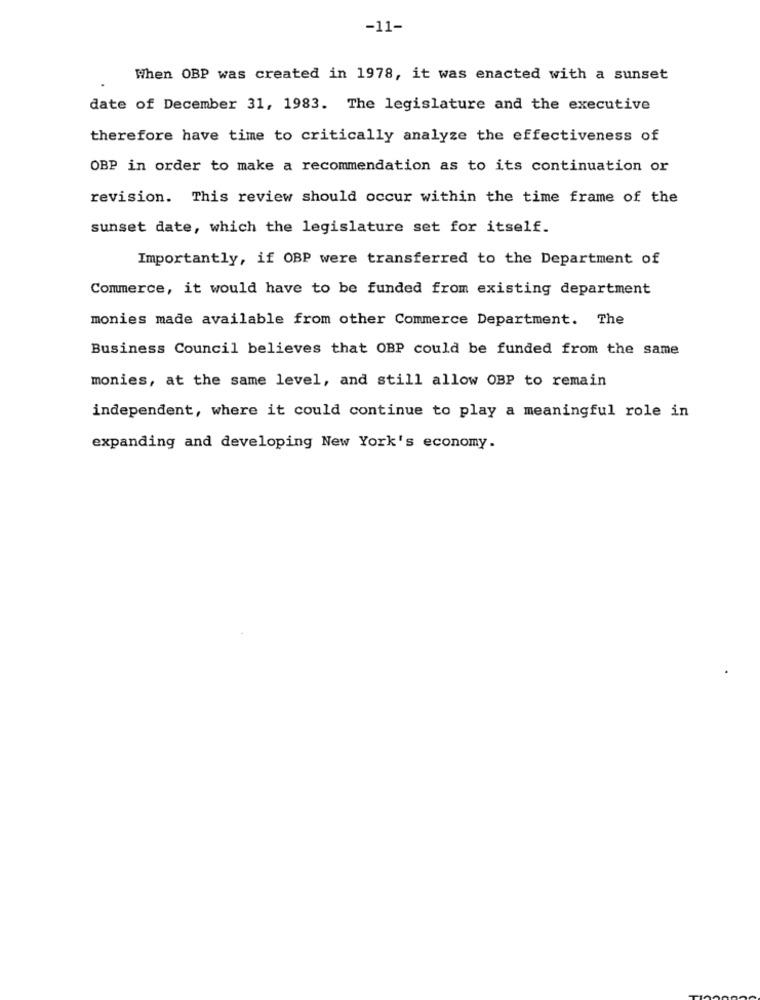
-11-
When OBP was created in 1978, it was enacted with a sunset
date of December 31, 1983. The legislature and the executive
therefore have time to critically analyze the effectiveness of
OBP in order to make a recommendation as to its continuation or
revision. This review should occur within the time frame of the
sunset date, which the legislature set for itself.
Importantly, if OBP were transferred to the Department of
Commerce, it would have to be funded from existing department
monies made available from other Commerce Department. The
Business Council believes that OBP could be funded from the same
monies, at the same level, and still allow OBP to remain
independent, where it could continue to play a meaningful role in
expanding and developing New York's economy.